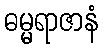
ဓမ္မရာဇာနံ